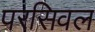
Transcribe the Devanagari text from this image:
परसिवल